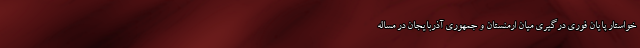
خواستار پایان فوری درگیری میان ارمنستان و جمهوری آذربایجان در مساله